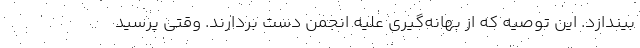
بیندازد. این توصیه که از بهانه‌گیری علیه انجمن دست بردارند. وقتی پرسید